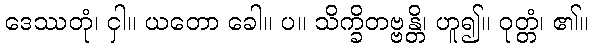
ဒေဿတုံ၊ ငှါ။ ယတော ခေါ။ ပ။ သိက္ခိတဗ္ဗန္တိ၊ ဟူ၍။ ဝုတ္တံ၊ ၏။